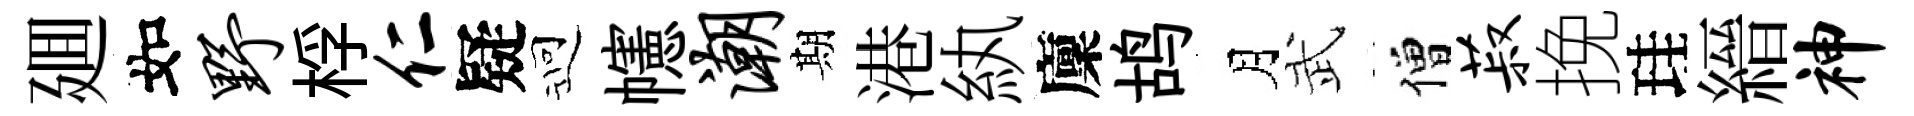
廽如野桴仁疑迎幰潮期港紈廩鸪月武僧菽挽珪縉神